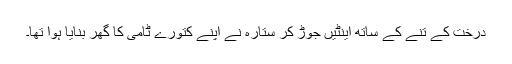
درخت کے تنے کے ساتھ اینٹیں جوڑ کر ستارہ نے اپنے کتورے ٹامی کا گھر بنایا ہوا تھا۔